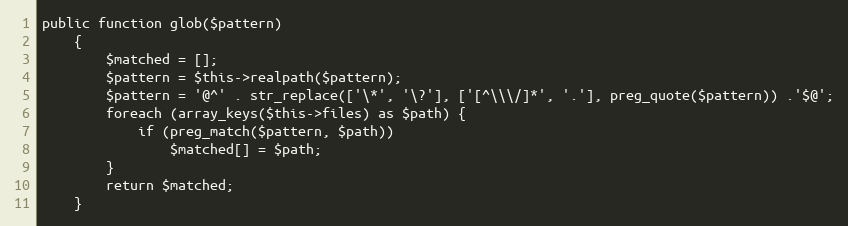
Language: PHP
public function glob($pattern)
    {
        $matched = [];
        $pattern = $this->realpath($pattern);
        $pattern = '@^' . str_replace(['\*', '\?'], ['[^\\\/]*', '.'], preg_quote($pattern)) .'$@';
        foreach (array_keys($this->files) as $path) {
            if (preg_match($pattern, $path))
                $matched[] = $path;
        }
        return $matched;
    }